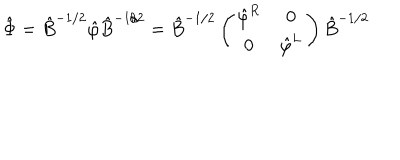
\hat { \Phi } = \hat { B } ^ { - 1 / 2 } \hat { \varphi } \hat { B } ^ { - 1 / 2 } = \hat { B } ^ { - 1 / 2 } \left( \begin{matrix} { { \hat { \varphi } ^ { R } } } & { { 0 } } \\ { { 0 } } & { { \hat { \varphi } ^ { L } } } \\ \end{matrix} \right) \hat { B } ^ { - 1 / 2 }